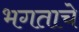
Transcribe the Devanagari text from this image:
भगताचे